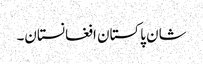
شان پاکستان افغانستان۔